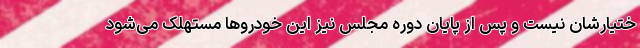
ختیارشان نیست و پس از پایان دوره مجلس نیز این خودروها مستهلک می‌شود